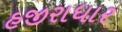
હજીરાધાર